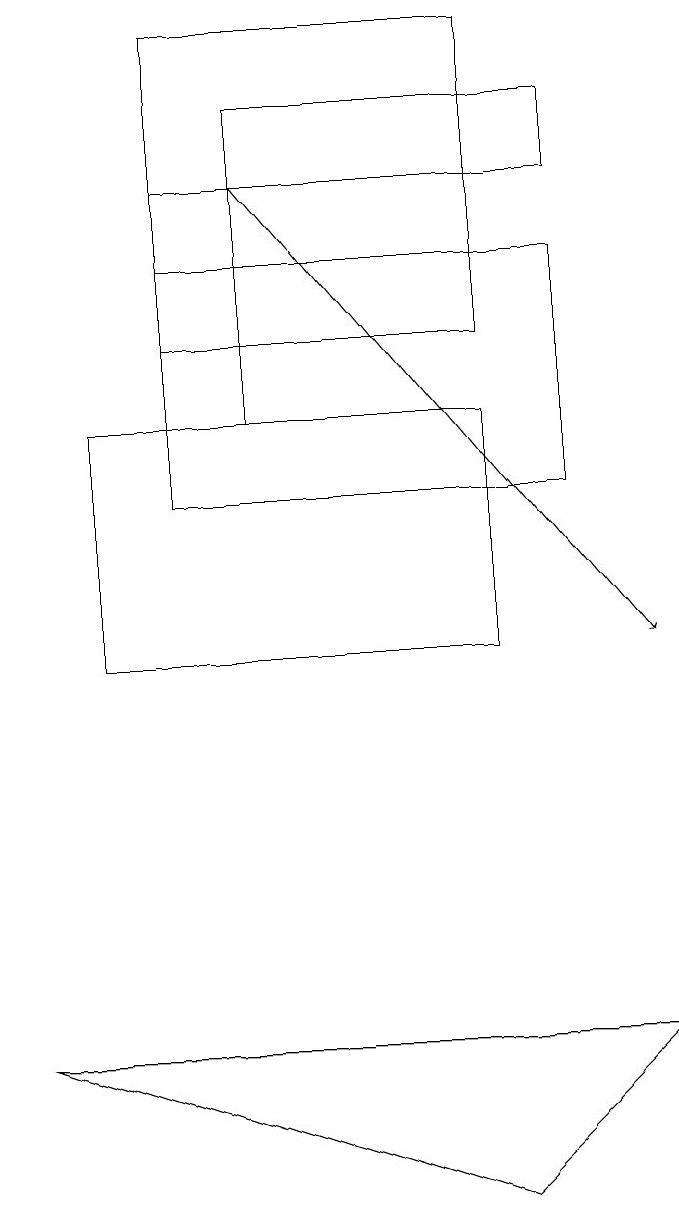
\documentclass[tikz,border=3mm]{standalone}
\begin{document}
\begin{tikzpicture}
\draw (2,14) rectangle (3,17);
\draw (6,4) -- (0,6) -- (8,6) -- cycle;
\draw (7,17) rectangle (3,18);
\draw[->] (3,17) -- (8,11);
\draw (2,19) rectangle (6,15);
\draw (2,16) rectangle (7,13);
\draw (1,14) rectangle (6,11);
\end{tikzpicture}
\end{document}